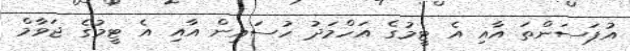
އުޕަސަންތަ އާއި އެ ޓީމުގެ އަހްމަދު ހުސައިން އާއި އެ ޓީމުގެ ޖަވާމް